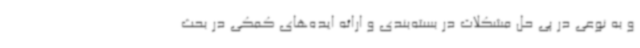
و به نوعی در پی حل مشکلات در بسته‌بندی و ارائه ایده‌های کمکی در بحث